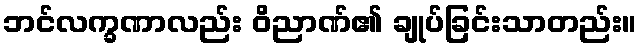
ဘင်လက္ခဏာလည်း ဝိညာဏ်၏ ချုပ်ခြင်းသာတည်း။